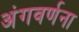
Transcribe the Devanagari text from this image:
अंगवर्णना